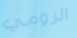
الرومي